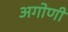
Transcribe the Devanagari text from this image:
अगोणी